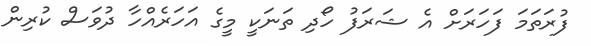
ފުރަތަމަ ފަހަރަށް އެ ޝަރަފު ހޯދި ތަނަކީ މީގެ އަހަރެއްހާ ދުވަސް ކުރިން